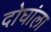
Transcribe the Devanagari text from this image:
दोघांला